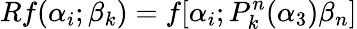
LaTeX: Rf(\alpha_{i};\beta_{k})=f[\alpha_{i};P_{k}^{n}(\alpha_{3})\beta_{n}]